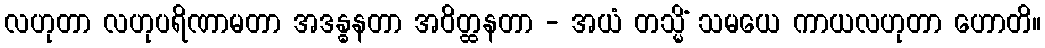
လဟုတာ လဟုပရိဏာမတာ အဒန္ဓနတာ အဝိတ္ထနတာ - အယံ တသ္မိံ သမယေ ကာယလဟုတာ ဟောတိ။